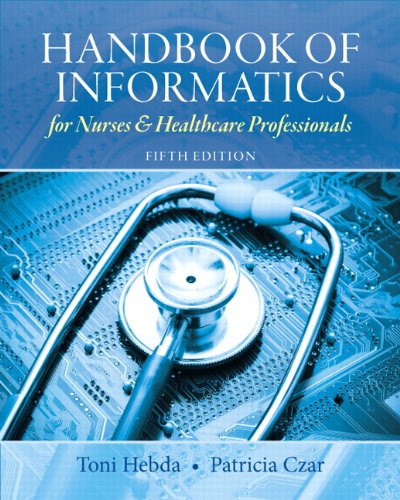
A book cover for Handbook of Informatics for Nurses & Healthcare Professionals (5th Edition); Toni Lee Hebda; Medical Books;